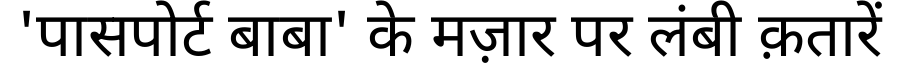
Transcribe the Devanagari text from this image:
'पासपोर्ट बाबा' के मज़ार पर लंबी क़तारें